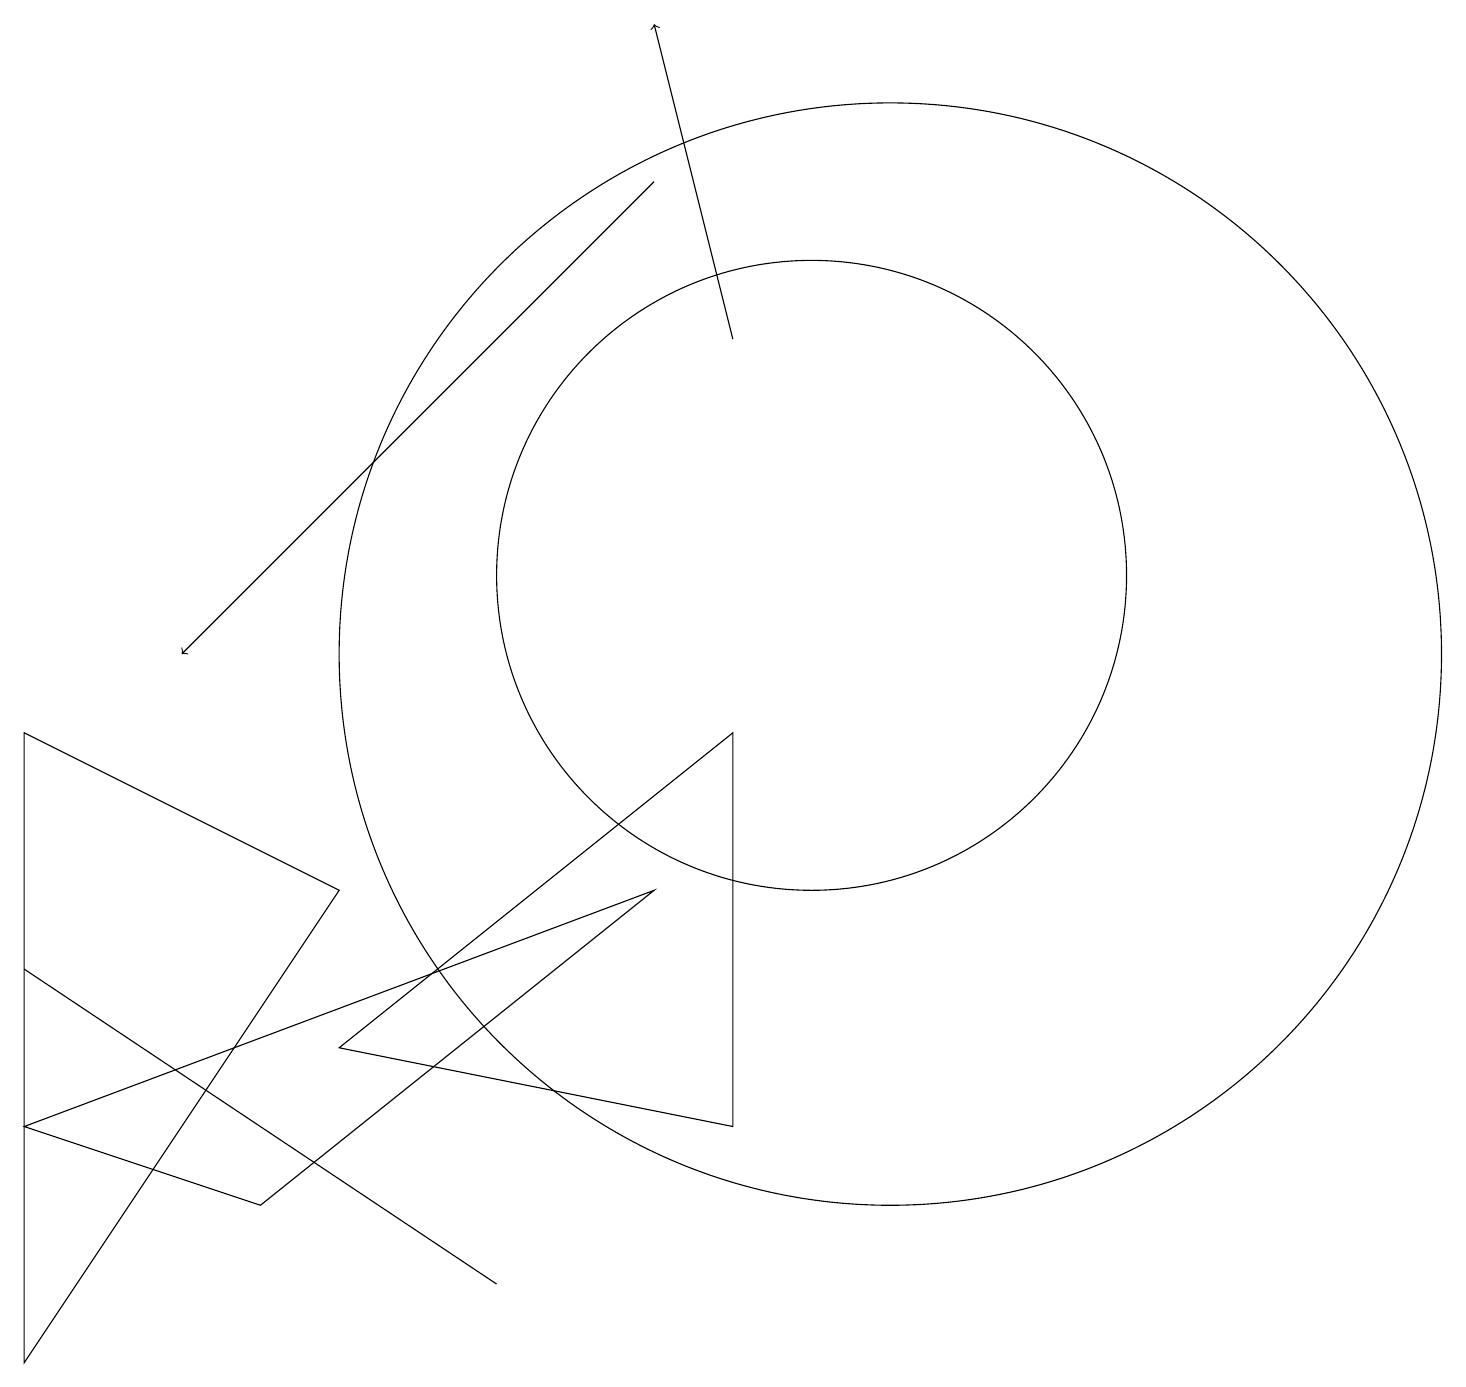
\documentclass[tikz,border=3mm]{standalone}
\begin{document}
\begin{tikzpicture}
\draw (11,10) circle (7);
\draw (10,11) circle (4);
\draw (3,3) -- (8,7) -- (0,4) -- cycle;
\draw (0,9) -- (0,1) -- (4,7) -- cycle;
\draw (4,5) -- (9,9) -- (9,4) -- cycle;
\draw (6,2) -- (0,6) -- (3,4) -- cycle;
\draw[->] (8,16) -- (2,10);
\draw[->] (9,14) -- (8,18);
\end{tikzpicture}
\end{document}